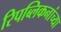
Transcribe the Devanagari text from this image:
रिपब्लिकनांच्या